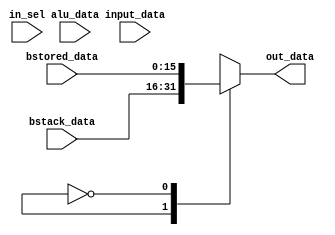
module mux4_2(out_data,input_data,alu_data,bstack_data,bstored_data,in_sel);
	output	[15:0]	out_data;
	input		[15:0]	input_data,alu_data,bstack_data,bstored_data;
	input		[1:0]		in_sel;
	reg		[15:0]	out_data;
	
	always @ (A or B or C or D or select) begin
		case (select)
			2'b11:	out_data = input_data;
			2'b10:	out_data = alu_data;
			2'b01:	out_data = bstack_data;
			2'b00:	out_data = bstored_data;
		endcase
	end
endmodule